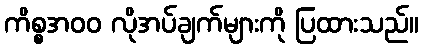
ကိစ္စအ၀၀ လိုအပ်ချက်များကို ပြထားသည်။